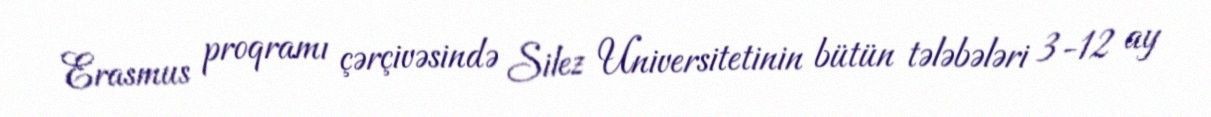
Erasmus proqramı çərçivəsində Silez Universitetinin bütün tələbələri 3-12 ay